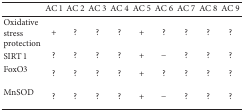
<table><thead><tr><td><b> </b></td><td><b>AC 1</b></td><td><b>AC 2</b></td><td><b>AC 3</b></td><td><b>AC 4</b></td><td><b>AC 5</b></td><td><b>AC 6</b></td><td><b>AC 7</b></td><td><b>AC 8</b></td><td><b>AC 9</b></td></tr></thead><tbody><tr><td>Oxidative stress protection</td><td>+</td><td>?</td><td>?</td><td>?</td><td>+</td><td>?</td><td>?</td><td>?</td><td>?</td></tr><tr><td>SIRT 1 </td><td>?</td><td>?</td><td>?</td><td>?</td><td>+</td><td>−</td><td>?</td><td>?</td><td>?</td></tr><tr><td>FoxO3</td><td>?</td><td>?</td><td>?</td><td>?</td><td>+</td><td>?</td><td>?</td><td>?</td><td>?</td></tr><tr><td>MnSOD</td><td>?</td><td>?</td><td>?</td><td>?</td><td>+</td><td>−</td><td>?</td><td>?</td><td>?</td></tr></tbody></table>